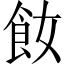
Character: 𩚔